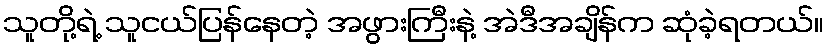
သူတို့ရဲ့ သူငယ်ပြန်နေတဲ့ အဖွားကြီးနဲ့ အဲဒီအချိန်က ဆုံခဲ့ရတယ်။